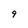
Character: 9